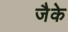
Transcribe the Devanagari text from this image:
जैके